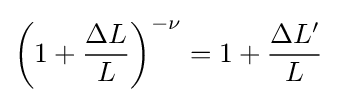
\left(1+{\frac {\Delta L}{L}}\right)^{-\nu }=1+{\frac {\Delta L'}{L}}